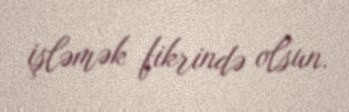
işləmək fikrində olsun.